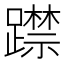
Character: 𨆃